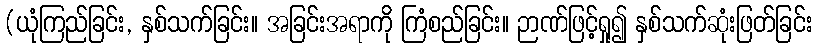
(ယုံကြည်ခြင်း, နှစ်သက်ခြင်း။ အခြင်းအရာကို ကြံစည်ခြင်း။ ဉာဏ်ဖြင့်ရှု၍ နှစ်သက်ဆုံးဖြတ်ခြင်း